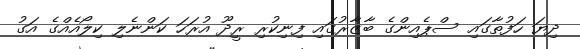
ދިޔަ ހަފުތާގައި ސްޕެއިންގެ ބާޒާރުގައި ފިނިކުރި ރީދޫ އުރަހަ ކަންނެލި ކިލޯއެއްގެ އަގު